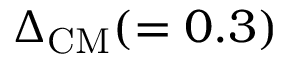
\Delta _ { \mathrm { C M } } ( = 0 . 3 )